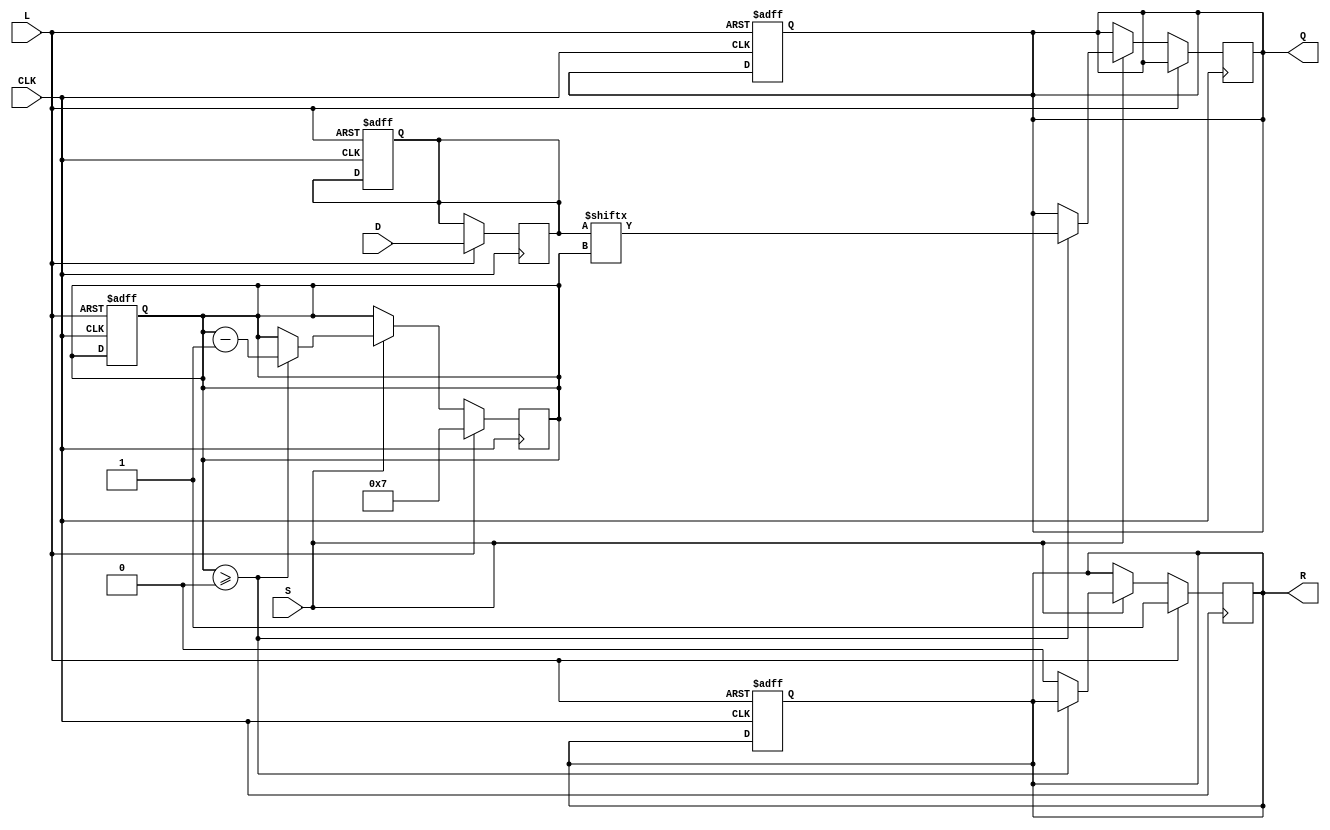
module PISO_Register #(
    parameter WIDTH = 8  // Parameter for the number of bits
)(
    input  wire [WIDTH-1:0] D,      // Parallel input data
    input  wire L,                   // Load signal
    input  wire S,                   // Shift signal
    input  wire CLK,                 // Clock signal
    output reg  Q,                   // Serial output
    output reg  R                    // Ready signal
);

    reg [WIDTH-1:0] register; // Internal register to hold data
    reg [3:0] bit_counter;     // Counter to track which bit to shift out


    always @(posedge CLK) begin
        if (L) begin
            // Load data into the register
            register <= D; 
            bit_counter <= WIDTH - 1; // Start shifting from the MSB
            R <= 1'b1; // Set ready signal when data is loaded
        end else if (S) begin
            // Shift data out serially
            if (bit_counter >= 0) begin
                Q <= register[bit_counter]; // Output the current bit
                bit_counter <= bit_counter - 1; // Move to the next bit
            end else begin
                R <= 1'b0; // Clear ready signal when all bits are shifted out
            end
        end
    end

    // Optional: Reset logic to initialize the register
    always @(posedge CLK or negedge L) begin
        if (!L) begin
            register <= 0; // Reset register on low load signal
            bit_counter <= 0; // Reset the bit counter
            R <= 1'b0; // Reset ready signal
            Q <= 1'b0; // Reset output
        end
    end

endmodule